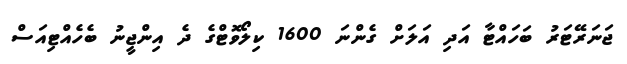
ޖަނަރޭޓަރު ބަހައްޓާ އަދި އަލަށް ގެންނަ 1600 ކިލޯވޮޓްގެ ދެ އިންޖީނު ބެހެއްޓިއަސް